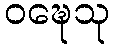
ဝဍ္ဎေသု